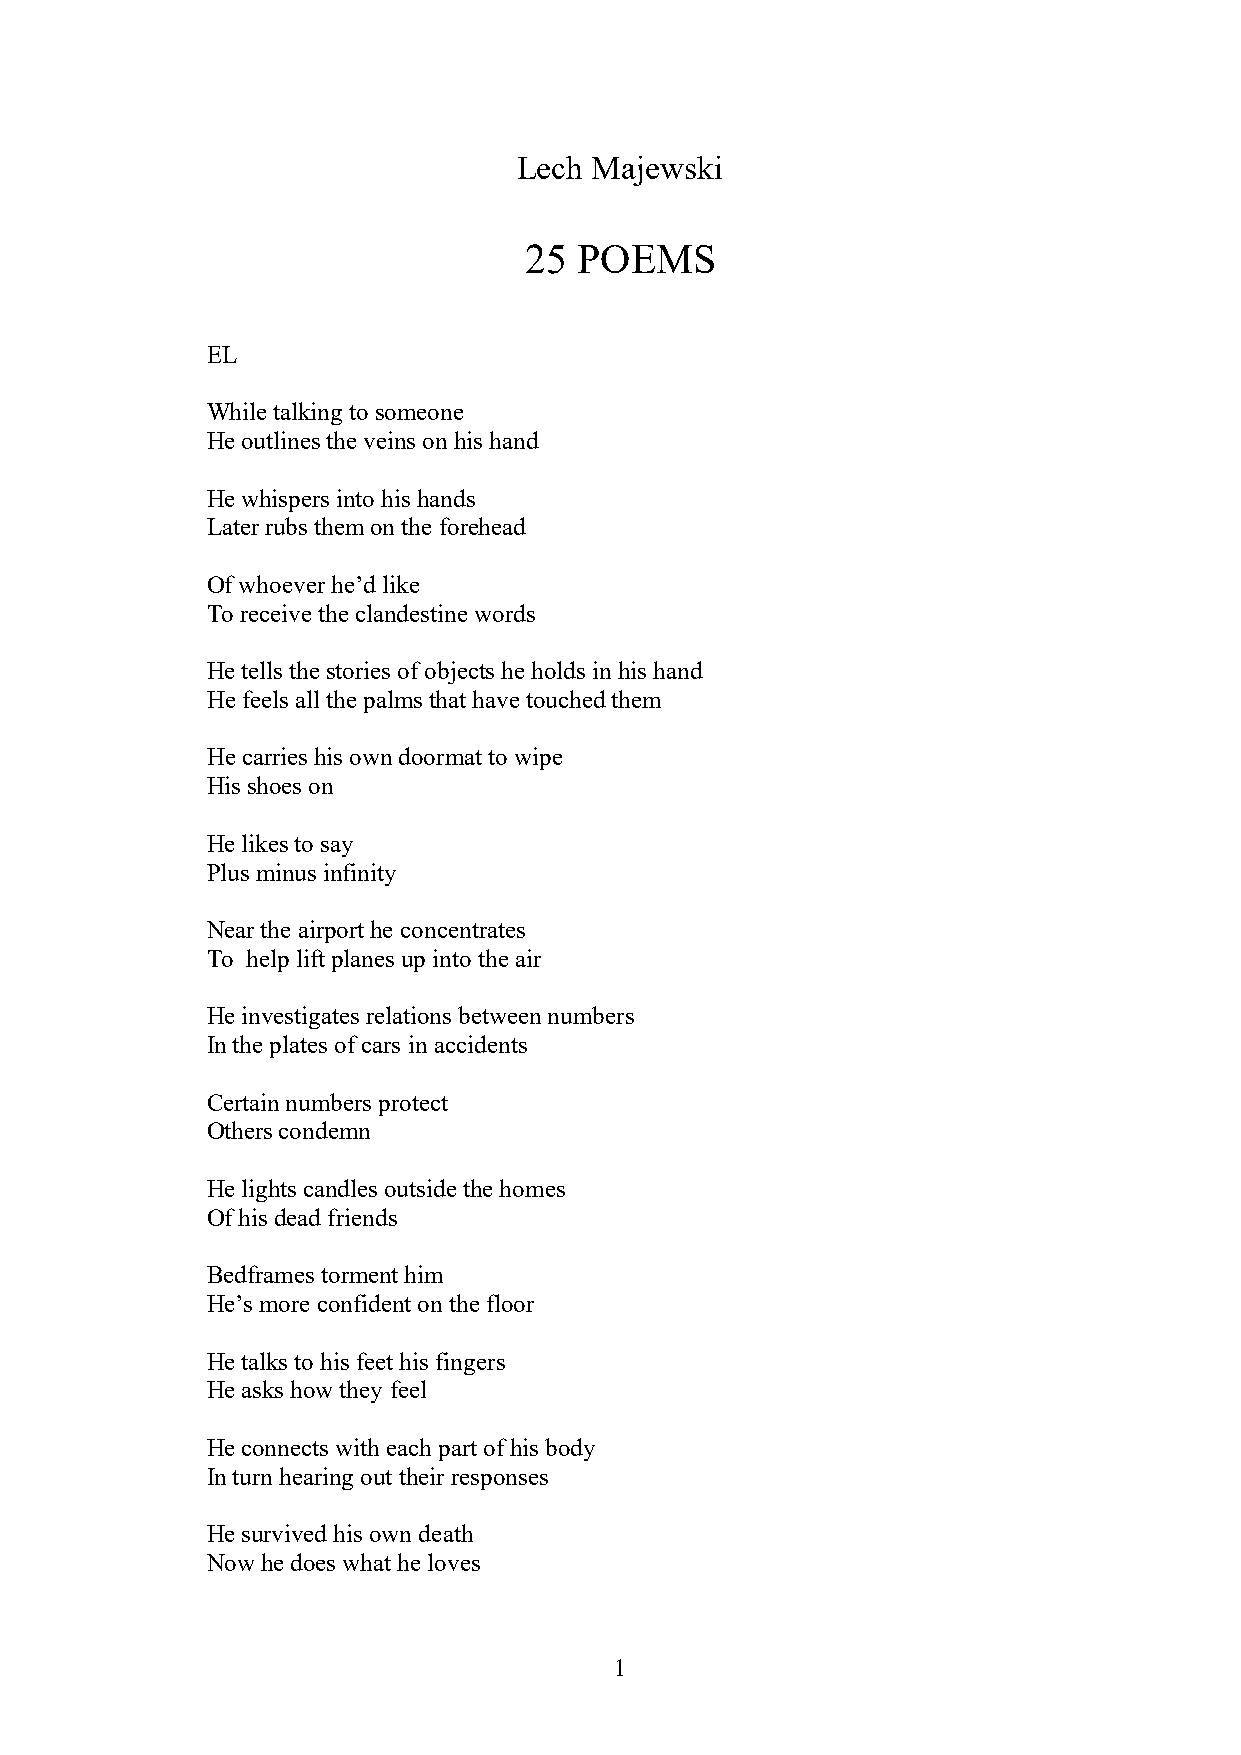
Lech Majewski
 25 POEMS
 EL
 While talking to someone
 He outlines the veins on his hand
 He whispers into his hands
 Later rubs them on the forehead
 Of whoever he’d like
 To receive the clandestine words
 He tells the stories of objects he holds in his hand
 He feels all the palms that have touched them
 He carries his own doormat to wipe
 His shoes on
 He likes to say
 Plus minus infinity
 Near the airport he concentrates
 To help lift planes up into the air
 He investigates relations between numbers
 In the plates of cars in accidents
 Certain numbers protect
 Others condemn
 He lights candles outside the homes
 Of his dead friends
 Bedframes torment him
 He’s more confident on the floor
 He talks to his feet his fingers
 He asks how they feel
 He connects with each part of his body
 In turn hearing out their responses
 He survived his own death
 Now he does what he loves
 1